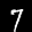
Label: 7